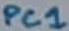
Text: PC1